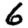
Digit: 6